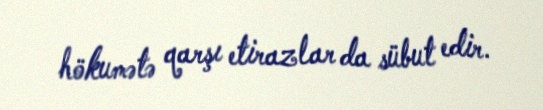
hökumətə qarşı etirazlar da sübut edir.